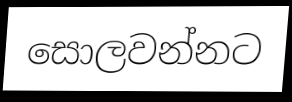
සොලවන්නට